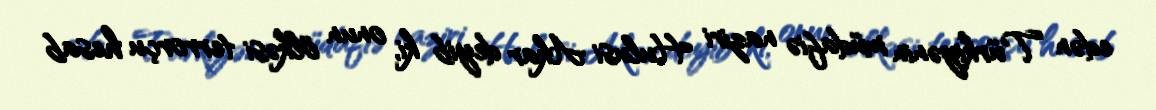
edən Türkiyənin müdafiə naziri Hulusi Akar deyib ki, onun ölkəsi terrorçu hesab